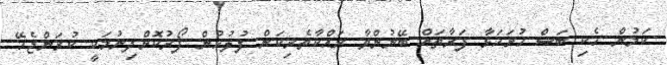
ކަމުން ހެކި ބަސް ހުށަހަޅާ ފަރާތައް ބޭނުންވާ ރައްކާތެރިކަން ފުލުހުން ފޯރުކޮށްދިނުމަކީ ކުރަންޖެހޭ